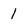
Character: I